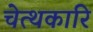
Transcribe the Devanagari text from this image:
चेत्थकारि